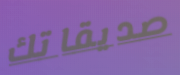
صديقاتك